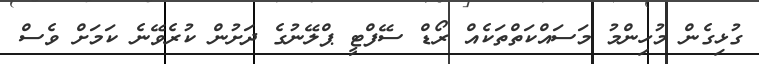
ގުޅިގެން މުހިންމު މަސައްކަތްތަކެއް ރޯޑް ސޭފްޓީ ޕްލޭނުގެ ދަށުން ކުރެވޭނެ ކަމަށް ވެސް